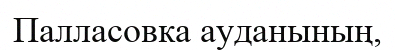
Палласовка ауданының,